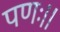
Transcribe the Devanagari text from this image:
पणः।।